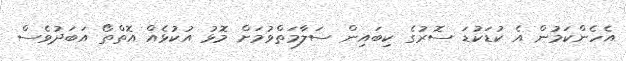
އެހެންކަމުން އެ ކުޑަކުޑަ ސޮރުގެ ކިބައިން ސަލާމަތްވުމަށް މޮޅު އުކުޅެއް އޮތްތޯ އަބަދުވެސް